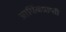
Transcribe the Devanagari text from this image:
आर्थिकप्राप्ती